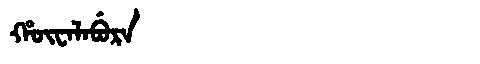
Manchu: ᡥᡡᠸᠠᠯᠠᠪᡠᡵᠠ
Romanization: HŪWALABURA